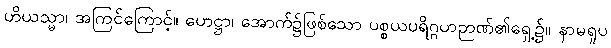
ဟိယသ္မာ၊ အကြင်ကြောင့်။ ဟေဋ္ဌာ၊ အောက်၌ဖြစ်သော ပစ္စယပရိဂ္ဂဟဉာဏ်၏ရှေ့၌။ နာမရူပ